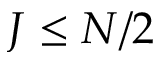
J \le N / 2